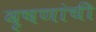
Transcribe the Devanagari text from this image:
वृषणांची